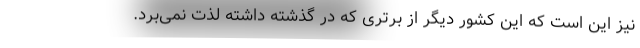
نیز این است که این کشور دیگر از برتری که در گذشته داشته لذت نمی‌برد.